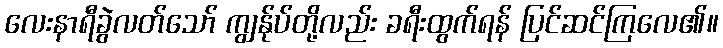
လေးနာရီခွဲလတ်သော် ကျွန်ုပ်တို့လည်း ခရီးထွက်ရန် ပြင်ဆင်ကြလေ၏။